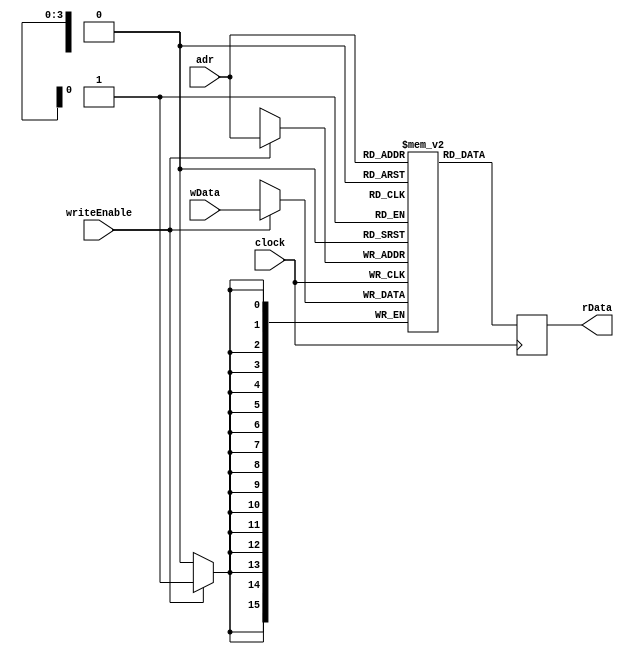
module dual_port_ram (
    input clock,
    input [3:0] adr,
    input [15:0] wData,
    input writeEnable,
    output reg [15:0] rData
);

reg [15:0] mem[15:0];

always @(posedge clock) begin
    if(writeEnable) begin
        mem[adr] <= wData;
    end
end

always @(negedge clock) begin
    rData <= mem[adr];
end

endmodule